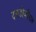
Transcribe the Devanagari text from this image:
दगडोजीराव